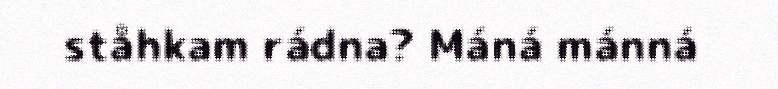
ståhkam rádna? Máná mánná